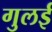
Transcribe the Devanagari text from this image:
गुलई